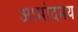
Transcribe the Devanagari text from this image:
आमोदमय